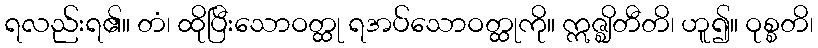
ရလည်းရ၏။ တံ၊ ထိုပြီးသောဝတ္ထု ရအပ်သောဝတ္ထုကို။ ဣဇ္ဈိတီတိ၊ ဟူ၍။ ဝုစ္စတိ၊